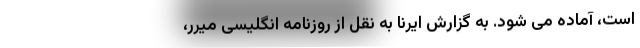
است، آماده می شود. به گزارش ایرنا به نقل از روزنامه انگلیسی میرر،